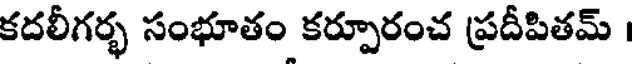
కదలీగర్భ సంభూతం కర్పూరంచ ప్రదీపితమ్